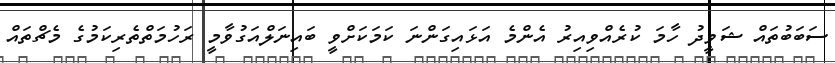
ސަބަބުތައް ޝަވީދު ހާމަ ކުރެއްވިއިރު އެންމެ އަޅައިގަންނަ ކަމަކަށްވީ ބައިނަލްއަގުވާމީ ރަހުމަތްތެރިކަމުގެ މެޗްތައް